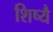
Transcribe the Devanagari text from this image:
शिष्यै